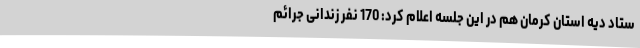
ستاد دیه استان کرمان هم در این جلسه اعلام کرد: 170 نفر زندانی جرائم